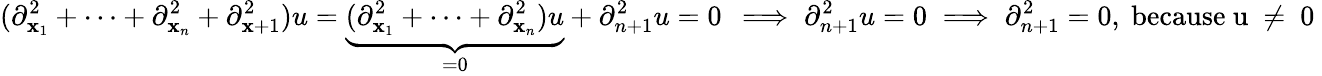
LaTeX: (\partial_{\mathbf{x}_{1}}^{2}+\dots+\partial_{\mathbf{x}_{n}}^{2}+\partial_{\mathbf{x}+1}^{2})u=\underbrace{{(\partial_{\mathbf{x}_{1}}^{2}+\dots+\partial_{\mathbf{x}_{n}}^{2})u}}_{=0}+\partial_{n+1}^{2}u=0\, \implies\partial_{n+1}^{2}u=0\implies\partial_{n+1}^{2}=0,\mathrm{{~because~u~\neq~0~}}